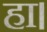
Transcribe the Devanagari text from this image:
हा।